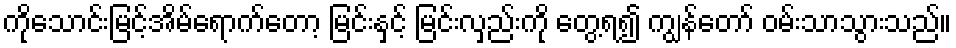
ကိုသောင်းမြင့်အိမ်ရောက်တော့ မြင်းနှင့် မြင်းလှည်းကို တွေ့ရ၍ ကျွန်တော် ဝမ်းသာသွားသည်။